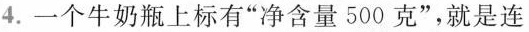
4.一个牛奶瓶上标有”净含量500克”，就是连